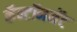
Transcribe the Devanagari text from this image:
कॅन्टॉनमेंट